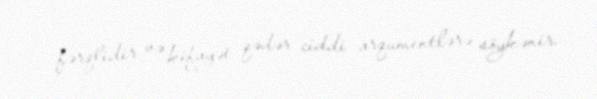
fərqlidir və kifayət qədər ciddi arqumentlərə söykənir.